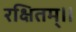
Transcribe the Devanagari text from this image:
रक्षितम्॥